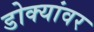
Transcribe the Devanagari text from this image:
डोक्यांवर